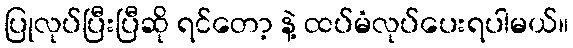
ပြုလုပ်ပြီးပြီဆို ရင်တော့ နဲ့ ထပ်မံလုပ်ပေးရပါမယ်။